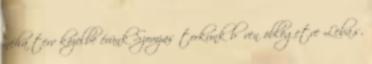
néha terv közelbe érünk Szomjas torkunk bőven öblögetve Leba.s,